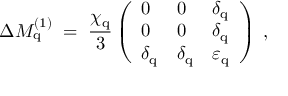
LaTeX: \Delta M _ { \mathrm { q } } ^ { ( 1 ) } \; = \; \frac { \chi _ { \mathrm { q } } } { 3 } \left( \begin{array} { l l l } { { 0 } } & { { 0 } } & { { \delta _ { \mathrm { q } } } } \\ { { 0 } } & { { 0 } } & { { \delta _ { \mathrm { q } } } } \\ { { \delta _ { \mathrm { q } } } } & { { \delta _ { \mathrm { q } } } } & { { \varepsilon _ { \mathrm { q } } ^ { ~ } } } \end{array} \right) \; ,